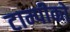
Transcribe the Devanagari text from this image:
टाम्पीको